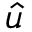
\boldsymbol { \hat { u } }